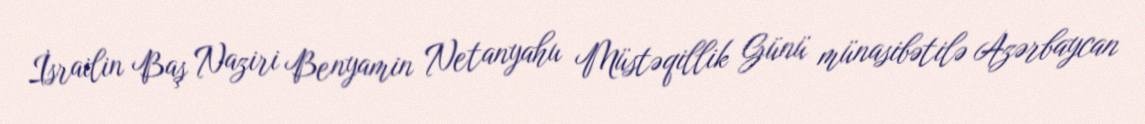
İsrailin Baş Naziri Benyamin Netanyahu Müstəqillik Günü münasibətilə Azərbaycan